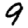
Digit: 9